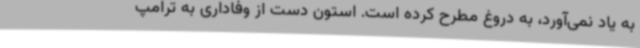
به یاد نمی‌آورد، به دروغ مطرح کرده است. استون دست از وفاداری به ترامپ